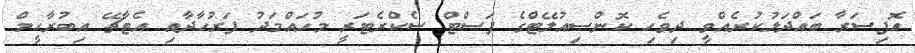
އޮފިސަރާ ބައްދަލުކުރެއްވީ ދިވެހި ކޮންސިއުލޭޓްގެ ފަސްޓް ސެކްރެޓަރީ މުހައްމަދު ފަރުހާދާއި އެޓާޗޭ އިބުރާހީމް